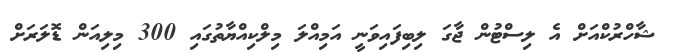
ޝާހްރުކްއަށް އެ ލިސްޓުން ޖާގަ ލިބިފައިވަނީ އަމިއްލަ މިލްކިއްޔާތުގައި 300 މިލިއަން ޑޮލަރަށް